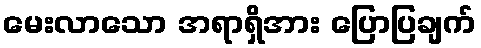
မေးလာသော အရာရှိအား ပြောပြချက်